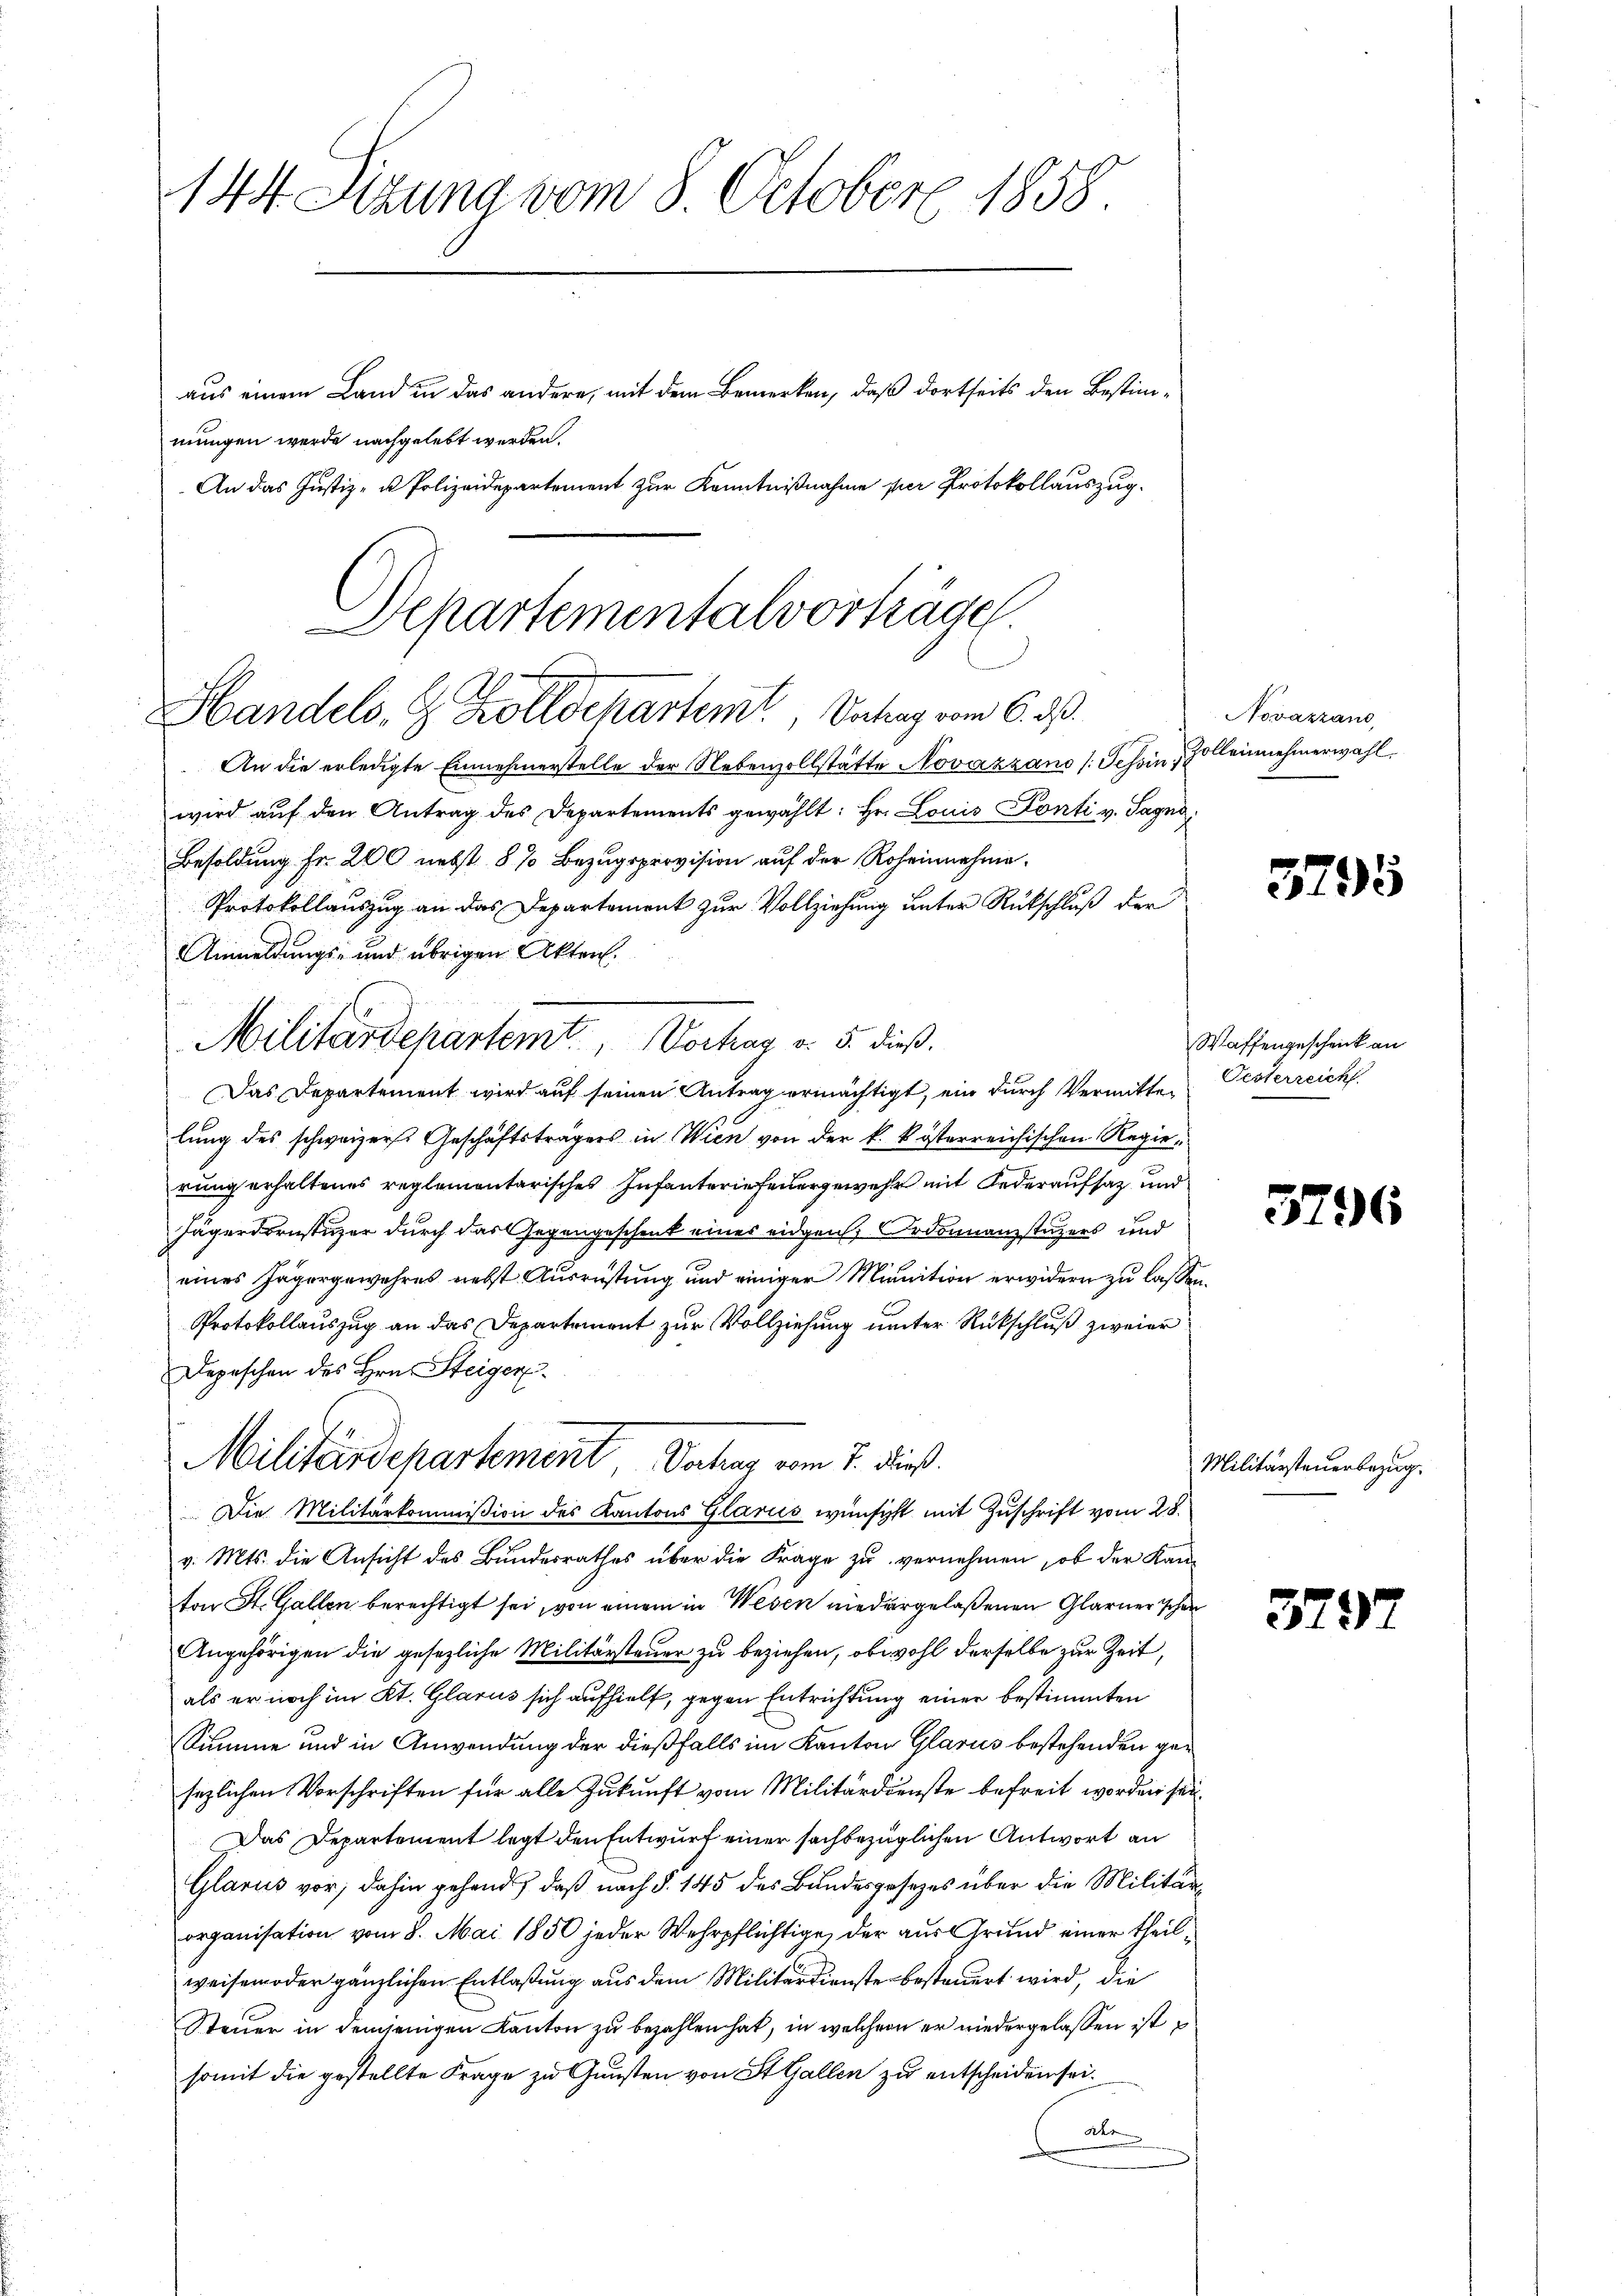
144 Sizung vom 8. October 1858.

mungen werde nachgelebt werden.

aus einem Land in das andere, mit dem Bemerken, daß dortseits den Bestim¬
An das Justiz- u Polizeidepartement zur Kenntnißnahme per Protokollauszug.
Departementalvorträgen.
Handels, G. Zolldepartemt, Schrag vom 6. ds.

An die erledigte Einnehmerstelle der Nebenzollstätte Novazzano (Tessin, alleinnehmerwahl
wird auf den Antrag des Departements gewählt: Hr. Louis Konti v. Sagni
Anmeldungs- und übrigen Akten.
Das Departement wird auf seinen Antrag ermächtigt, ein durch Vermitter Oesterreich
lung des schweizers Geschäftsträgers in Wien von der k. kösterreichischen Regierung erhaltenes reglementarisches Infanteriefenergewehr mit Lederaufsatz und
Jägerdorustizer durch das Gegengeschenk eines eidgen. Ordonnanzstuzers und
eines Jägergewahres nebst Ausrüstung und einiger Minition erwidern zu lassen.
Protokollauszug an das Departement zur Vollziehung unter Rückschluß zweier
Depeschen des Hrn. Steiger
Die Militärkommißion des Kantons Glarus wünscht mit Zuschrift vom 28.
v. Mts. die Ansicht des Bundesrathes über die Frage zu vernehmen, ob der Kanton St. Gallen berechtigt sei, von einem in Wesen niedergelaßenen Glarner schon
Angehörigen die gesezliche Militärsteuer zu beziehen, obwohl derselbe zur Zeit,
als er noch im Kt. Glarus sich aufhielt, gegen Entrichtung einer bestimmten
Summe und in Anwendung der dießfalls im Kanton Glarus bestehenden gesezlichen Vorschriften für alle Zukunft vom Militärdienste befreit worden sei.
Das Departement legt den Entwurf einer sachbezüglichen Antwort an
Glarus vor; dahin gehand, daß nach §. 145 des Bundesgesezes über die Militärorganisation vom 8. Mai 1850 jeder Wehrpflichtige, der aus Grund einer theilweisem oder gänzlichen Entlaßung aus dem Militärdienste besteuert wird, die
Steuer in demjenigen Kanton zu bezahlen hat, in welchem er niedergelassen ist
somit die gestellte Frage zu Gunsten von St. Gallen zu entscheiden sei.
A

Besoldung Fr. 200 nebst 5 % Bezugsprovision auf der Roheinnahme.
Protokollauszug an das Departement zur Vollziehung unter Rückschluß der

Militärdepartemt, Vortrag v. 5. dieß.

Militärdepartement Dachung vom 7. dieß

Novazzano,

3795

Waffengescheick an

Militärsteuerbezug.

37.

37.